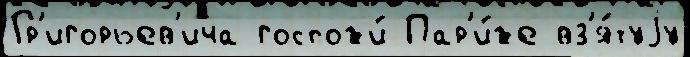
Гр'игорьев'ича госпожи́ Пар'и́же вз'я́туjу